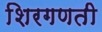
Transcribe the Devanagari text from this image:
शिरगणती